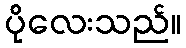
ပိုလေးသည်။